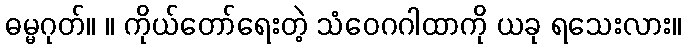
ဓမ္မဂုတ်။ ။ ကိုယ်တော်ရေးတဲ့ သံဝေဂဂါထာကို ယခု ရသေးလား။